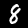
Label: 8